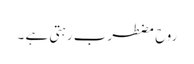
روح مضطرب رہتی ہے ۔